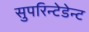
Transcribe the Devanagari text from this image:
सुपरिन्टेडेन्ट